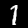
Label: 1